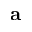
\textbf { a }